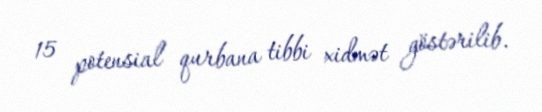
15 potensial qurbana tibbi xidmət göstərilib.